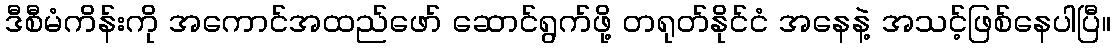
ဒီစီမံကိန်းကို အကောင်အထည်ဖော် ဆောင်ရွက်ဖို့ တရုတ်နိုင်ငံ အနေနဲ့ အသင့်ဖြစ်နေပါပြီ။